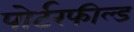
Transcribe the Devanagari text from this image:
पोर्टरफील्ड